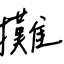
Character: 攤